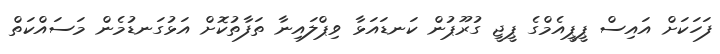
ފަހަކަށް އައިސް ޕީޕީއެމްގެ ޕީޖީ ގުރޫޕުން ކަނޑައަޅާ ވިޕްލައިނާ ތަފާތުކޮށް އަޅުގަނޑުމެން މަސައްކަތް